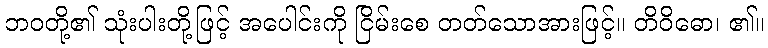
ဘဝတို့၏ သုံးပါးတို့ဖြင့် အပေါင်းကို ငြိမ်းစေ တတ်သောအားဖြင့်။ တိဝိဓော၊ ၏။